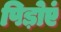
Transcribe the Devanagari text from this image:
पिड़ोएं